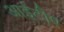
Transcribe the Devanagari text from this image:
आईटीए